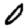
Digit: 0